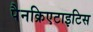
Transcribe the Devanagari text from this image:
पैनक्रिएटाइटिस